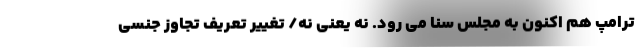
ترامپ هم اکنون به مجلس سنا می رود. نه یعنی نه/ تغییر تعریف تجاوز جنسی